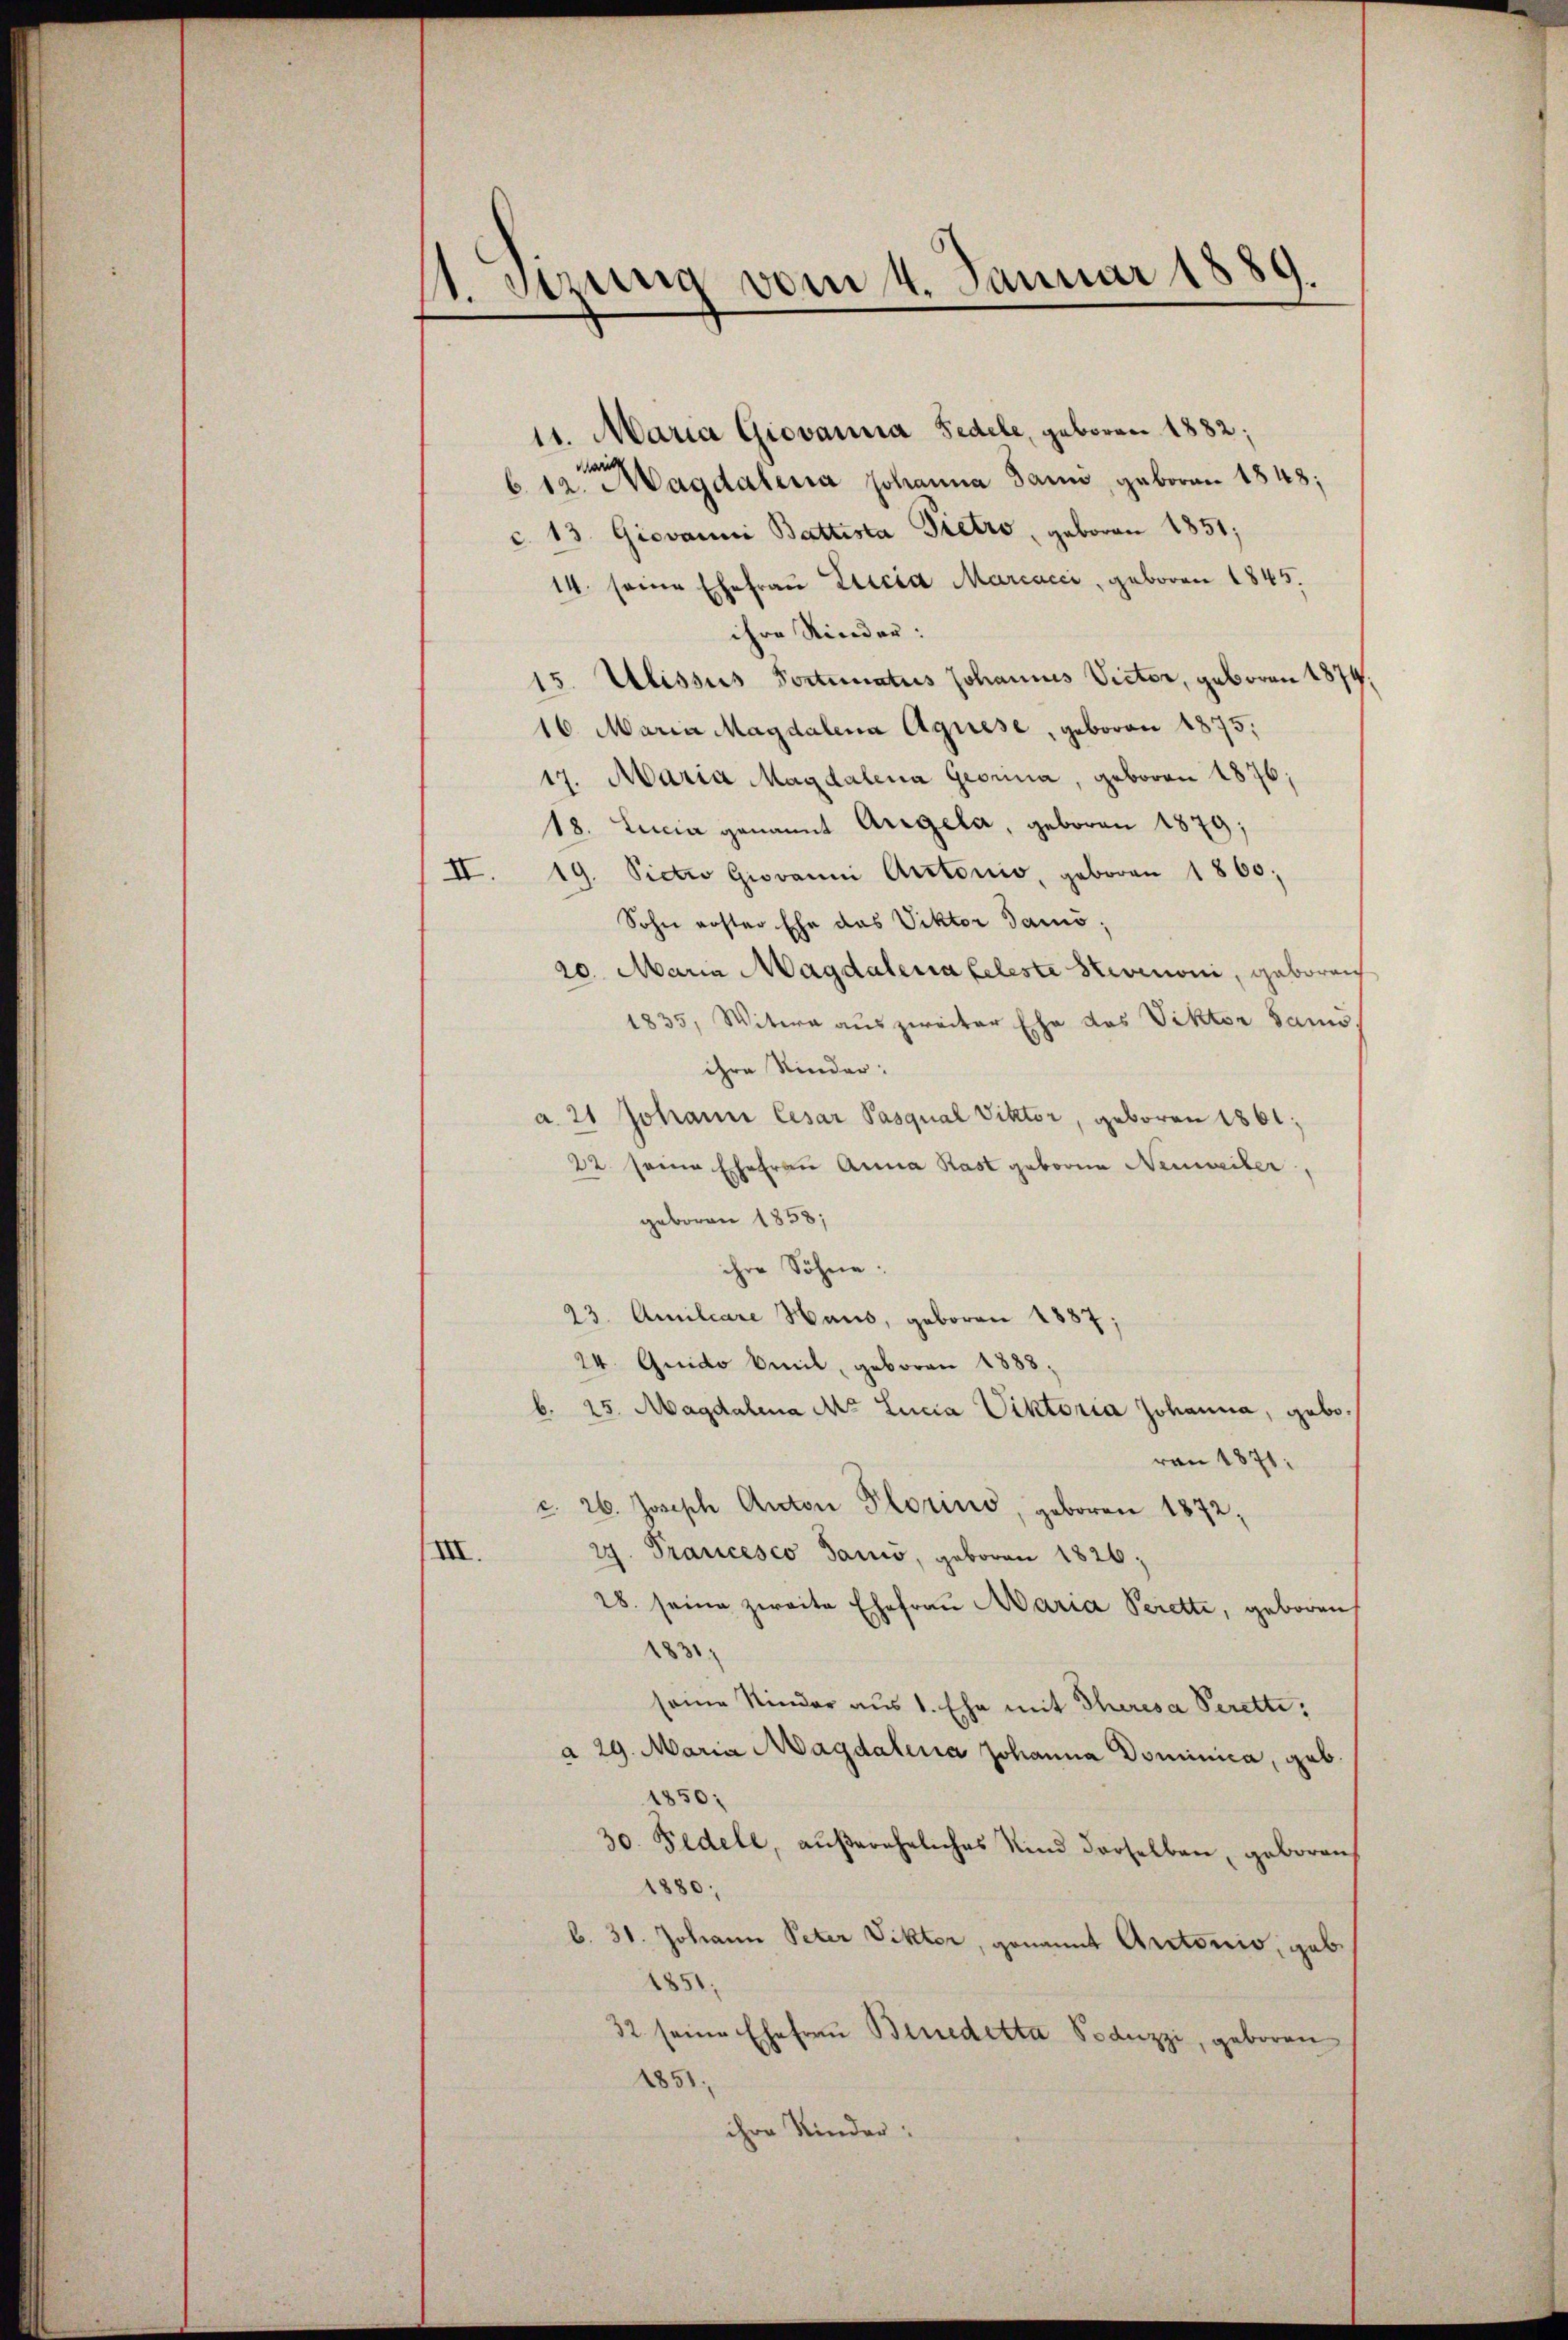
1. Sitzung vom 4. Januar 1889.

11. Maria Giovanna Fedele, geboren 1882;
e
6.12. Magdaleria Johanna Jaun, geboren 1848;
c. 13. Giovanni Battista Pietro, geboren 1851;
14. seine Ehefrau Elicia Marcacci, geboren 1845.
ihre Rinder:
15. Ulissus Portunatus Johannes Victor, geboren 1874.
16. Maria Magdalena Agnese, geboren 1875;
17. Maria Magdalena Georina, geboren 1876;
18. Lucia genannt Arrgela, geboren 1879;
II. 19. Victo Giovanni Artonio, geboren 1860;
Sohn erster Ehe das Viktor Tamó;
20. Maria Magdalena geleste Stevanoni, geboren
1835, Witwe aus zweiter Ehe des Viktor Sams
ihre Kinder:
a. 21 Johann Cesar Pasqual Viktor, geboren 1861;
22 seine Ehefrau Anna Rast geboren Neuweiler,
geboren 1858;
ihre Söhne:
23. Amiliare Haus, geboren 1887;
24. Guido beit, geboren 1883;
b. 25. Magdalena M. Lucia Viktoria Johanna, gebovon 1871:
c. 26. Joseph Anton Florins, geboren 1872,
III.
27. Francesco Sanio, geboren 1826;
28. seine zweite Ehefrau Maria Perette, geboren
.
seine Kinder aus 1. Ehe mit Theresa Perette,
a 29. Maria Magdalena Johanna Dominica, geb.
850
30. Pedele, außereheliches Kind derselben, geboren
1880;
b. 31. Johann Peter Vikter, genannt Autoris, geb.
851
32. seine Ehefrau Bruedetta Poauzzi, geboren
1851
ihre Kinder: